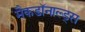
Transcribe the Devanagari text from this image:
मैकडॉनाल्ड्स